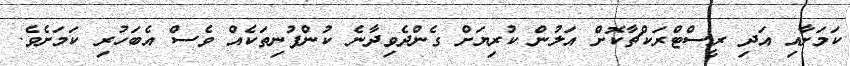
ކަމަށާއި އަދި ރީސްޓްރަކްޗާކޮށް އަލުން ކުރިޔަށް ގެންދެވިދާނެ ކުންފުނިތަކެއް ވެސް އެބަހުރި ކަމަށެވެ.